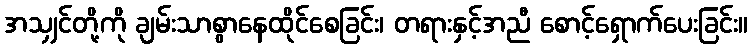
အသျှင်တို့ကို ချမ်းသာစွာနေထိုင်စေခြင်း၊ တရားနှင့်အညီ စောင့်ရှောက်ပေးခြင်း။